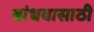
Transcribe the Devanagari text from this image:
बांधवासाठी